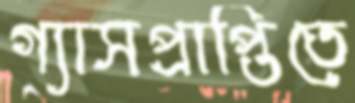
গ্যাসপ্রাপ্তিতে